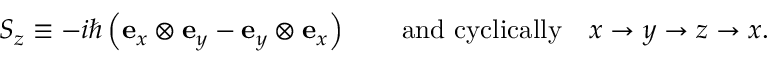
S _ { z } \equiv - i \hbar \left( \mathbf { e } _ { x } \otimes \mathbf { e } _ { y } - \mathbf { e } _ { y } \otimes \mathbf { e } _ { x } \right) \qquad { \mathrm { a n d ~ c y c l i c a l l y } } \quad x \to y \to z \to x .